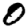
Digit: 0